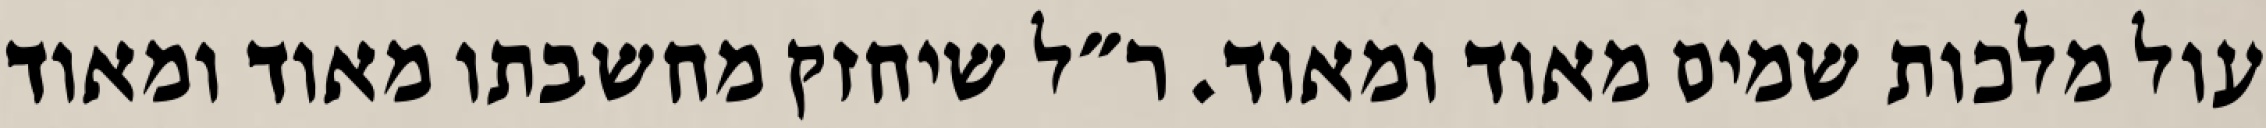
עול מלכות שמים מאוד ומאוד. ר״ל שיחזק מחשבתו מאוד ומאוד